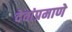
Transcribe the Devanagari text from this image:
देवांप्रमाणे